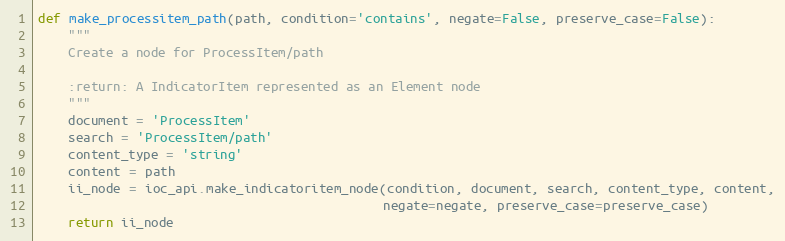
Language: Python
def make_processitem_path(path, condition='contains', negate=False, preserve_case=False):
    """
    Create a node for ProcessItem/path

    :return: A IndicatorItem represented as an Element node
    """
    document = 'ProcessItem'
    search = 'ProcessItem/path'
    content_type = 'string'
    content = path
    ii_node = ioc_api.make_indicatoritem_node(condition, document, search, content_type, content,
                                              negate=negate, preserve_case=preserve_case)
    return ii_node